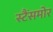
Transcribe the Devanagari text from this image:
स्टैंसमोर